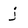
Character: j